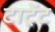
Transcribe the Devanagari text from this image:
टाट्रेंट